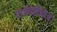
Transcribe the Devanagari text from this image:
पार्श्वगायिकेचे